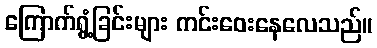
ကြောက်ရွံ့ခြင်းများ ကင်းဝေးနေလေသည်။